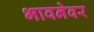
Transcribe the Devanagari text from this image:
भावनेवर